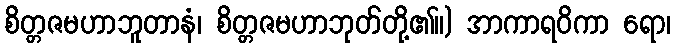
စိတ္တဇမဟာဘူတာနံ၊ စိတ္တဇမဟာဘုတ်တို့၏။) အာကာရဝိကာ ရော၊